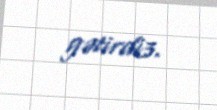
gətirdi3.